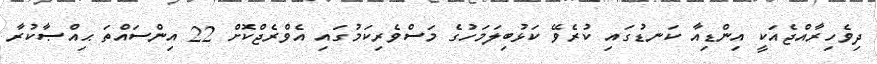
ދިވެހިރާއްޖެއަކީ އިންޑިއާ ކަނޑުގައި ކުރެވޭ ކަޅުބިލަމަހުގެ މަސްވެރިކަމުގައި އެވްރެޖްކޮށް 22 އިންސައްތަ ޙިއްޞާކުރާ